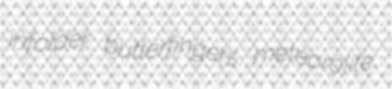
infolder butterfingers meteorolite